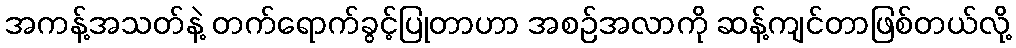
အကန့်အသတ်နဲ့ တက်ရောက်ခွင့်ပြုတာဟာ အစဉ်အလာကို ဆန့်ကျင်တာဖြစ်တယ်လို့